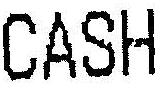
CASH